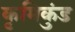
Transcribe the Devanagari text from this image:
कृमिकुंड